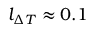
l _ { \ensuremath { \Delta T } } \approx 0 . 1